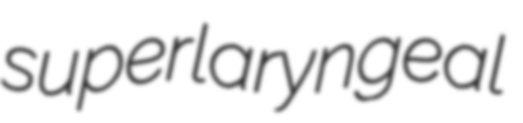
superlaryngeal